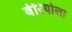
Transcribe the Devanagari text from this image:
वेरियोला